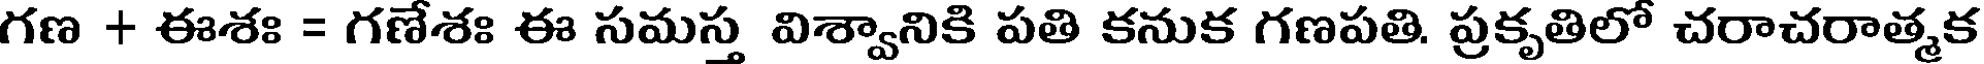
గణ + ఈశః = గణేశః ఈ సమస్త విశ్వానికి పతి కనుక గణపతి. ప్రకృతిలో చరాచరాత్మక